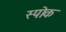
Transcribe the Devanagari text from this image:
स्‍पोक